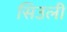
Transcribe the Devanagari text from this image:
सिउली